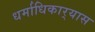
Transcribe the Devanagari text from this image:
धर्माधिकार्‍यास